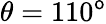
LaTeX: \theta=110^{\mathsf{o}}